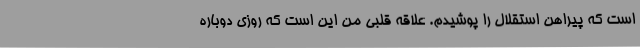
است که پیراهن استقلال را پوشیدم. علاقه قلبی من این است که روزی دوباره